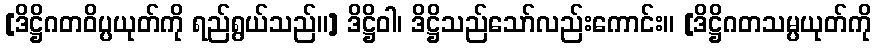
[ဒိဋ္ဌိဂတဝိပ္ပယုတ်ကို ရည်ရွယ်သည်။] ဒိဋ္ဌိဝါ၊ ဒိဋ္ဌိသည်သော်လည်းကောင်း။ [ဒိဋ္ဌိဂတသမ္ပယုတ်ကို